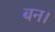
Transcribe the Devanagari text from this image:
बन।